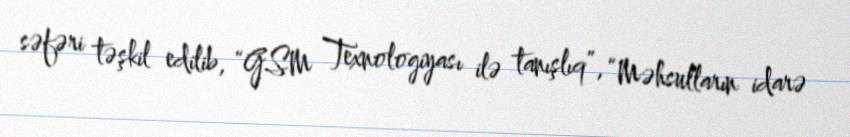
səfəri təşkil edilib, “GSM Texnologiyası ilə tanışlıq”, “Məhsulların idarə